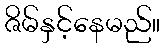
ဇိမ်နှင့်နေမည်။